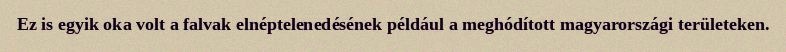
Ez is egyik oka volt a falvak elnéptelenedésének például a meghódított magyarországi területeken.